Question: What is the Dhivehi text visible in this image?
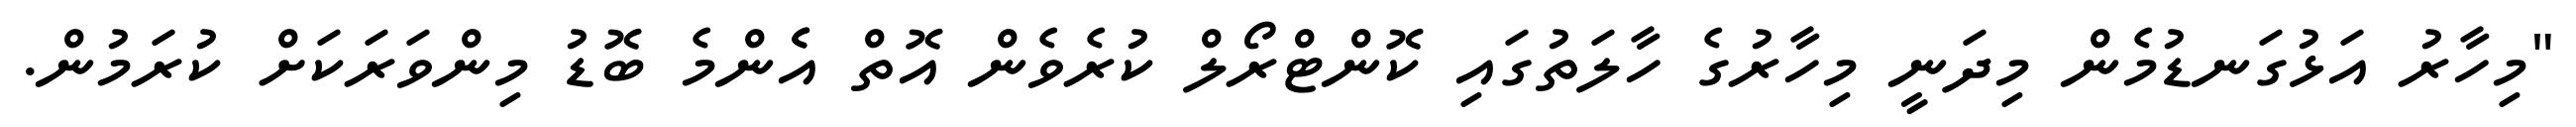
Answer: "މިހާރު އަޅުގަނޑުމެން މިދަނީ މިހާރުގެ ހާލަތުގައި ކޮންޓްރޯލް ކުރެވެން އޮތް އެެންމެ ބޮޑު މިންވަރަކަށް ކުރަމުން.